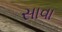
સાવા